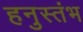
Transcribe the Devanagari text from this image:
हनुस्तंभ